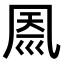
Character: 𠙗